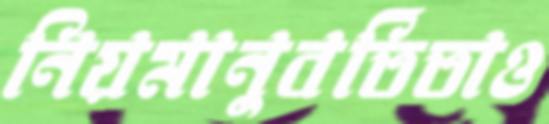
নিয়মানুবর্তিতাও